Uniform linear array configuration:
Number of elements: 4
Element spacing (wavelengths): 1
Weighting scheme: cosine
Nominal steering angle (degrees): -15
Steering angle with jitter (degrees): -14.292
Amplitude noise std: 0.05
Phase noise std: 0.05

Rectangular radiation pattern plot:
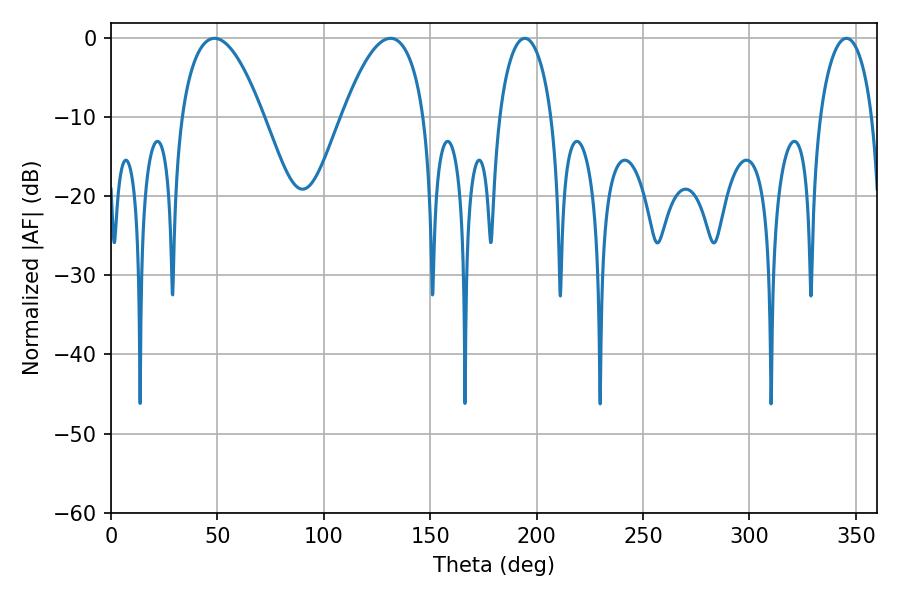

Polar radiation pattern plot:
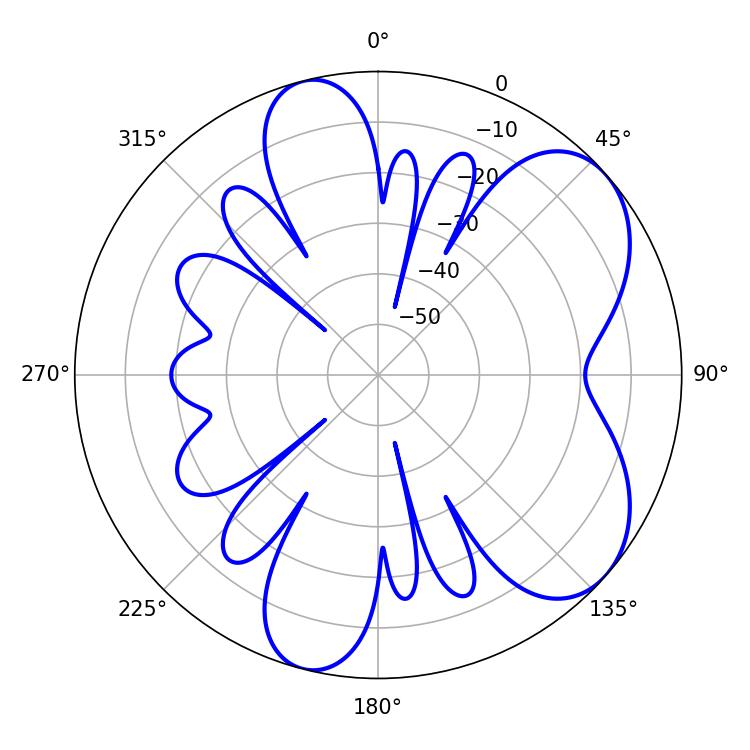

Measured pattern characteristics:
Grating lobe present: TRUE
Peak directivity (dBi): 6.315
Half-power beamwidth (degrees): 21.24
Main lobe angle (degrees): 48.6